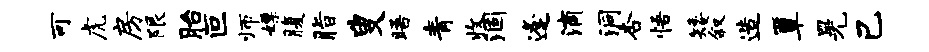
可虎房限胎叵师嫖腹脂叟晤青收涸逢滴洞杏悟矮叙造簟晃己